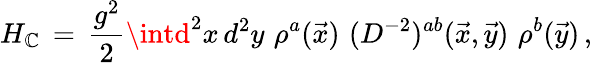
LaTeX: H_{\mathbb{C}}\, =\, \frac{{g^{2}}}{{2}}\intd^{2}x\, d^{2}y\, \, \rho^{a}(\vec{{x}})\, \, (D^{-2})^{ab}(\vec{{x}},\vec{{y}})\, \, \rho^{b}(\vec{{y}})\, ,